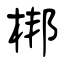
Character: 梆